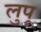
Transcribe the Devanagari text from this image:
लुपू